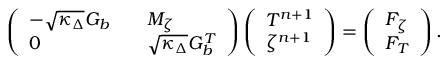
\left( \begin{array} { l l l } { - \sqrt { \kappa _ { \Delta } } G _ { b } } & & { M _ { \zeta } } \\ { 0 } & & { \sqrt { \kappa _ { \Delta } } G _ { b } ^ { T } } \end{array} \right) \left( \begin{array} { l } { T ^ { n + 1 } } \\ { \zeta ^ { n + 1 } } \end{array} \right) = \left( \begin{array} { l } { F _ { \zeta } } \\ { F _ { T } } \end{array} \right) .